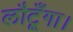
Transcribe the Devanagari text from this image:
लौटूँगा।